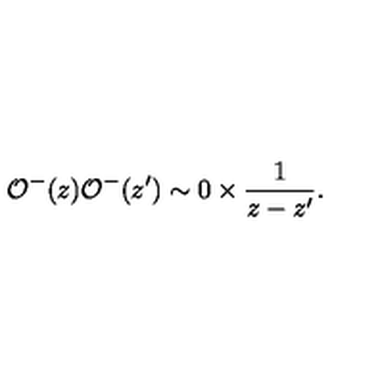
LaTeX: { \cal O } ^ { - } ( z ) { \cal O } ^ { - } ( z ^ { \prime } ) \sim 0 \times \frac { 1 } { z - z ^ { \prime } } .